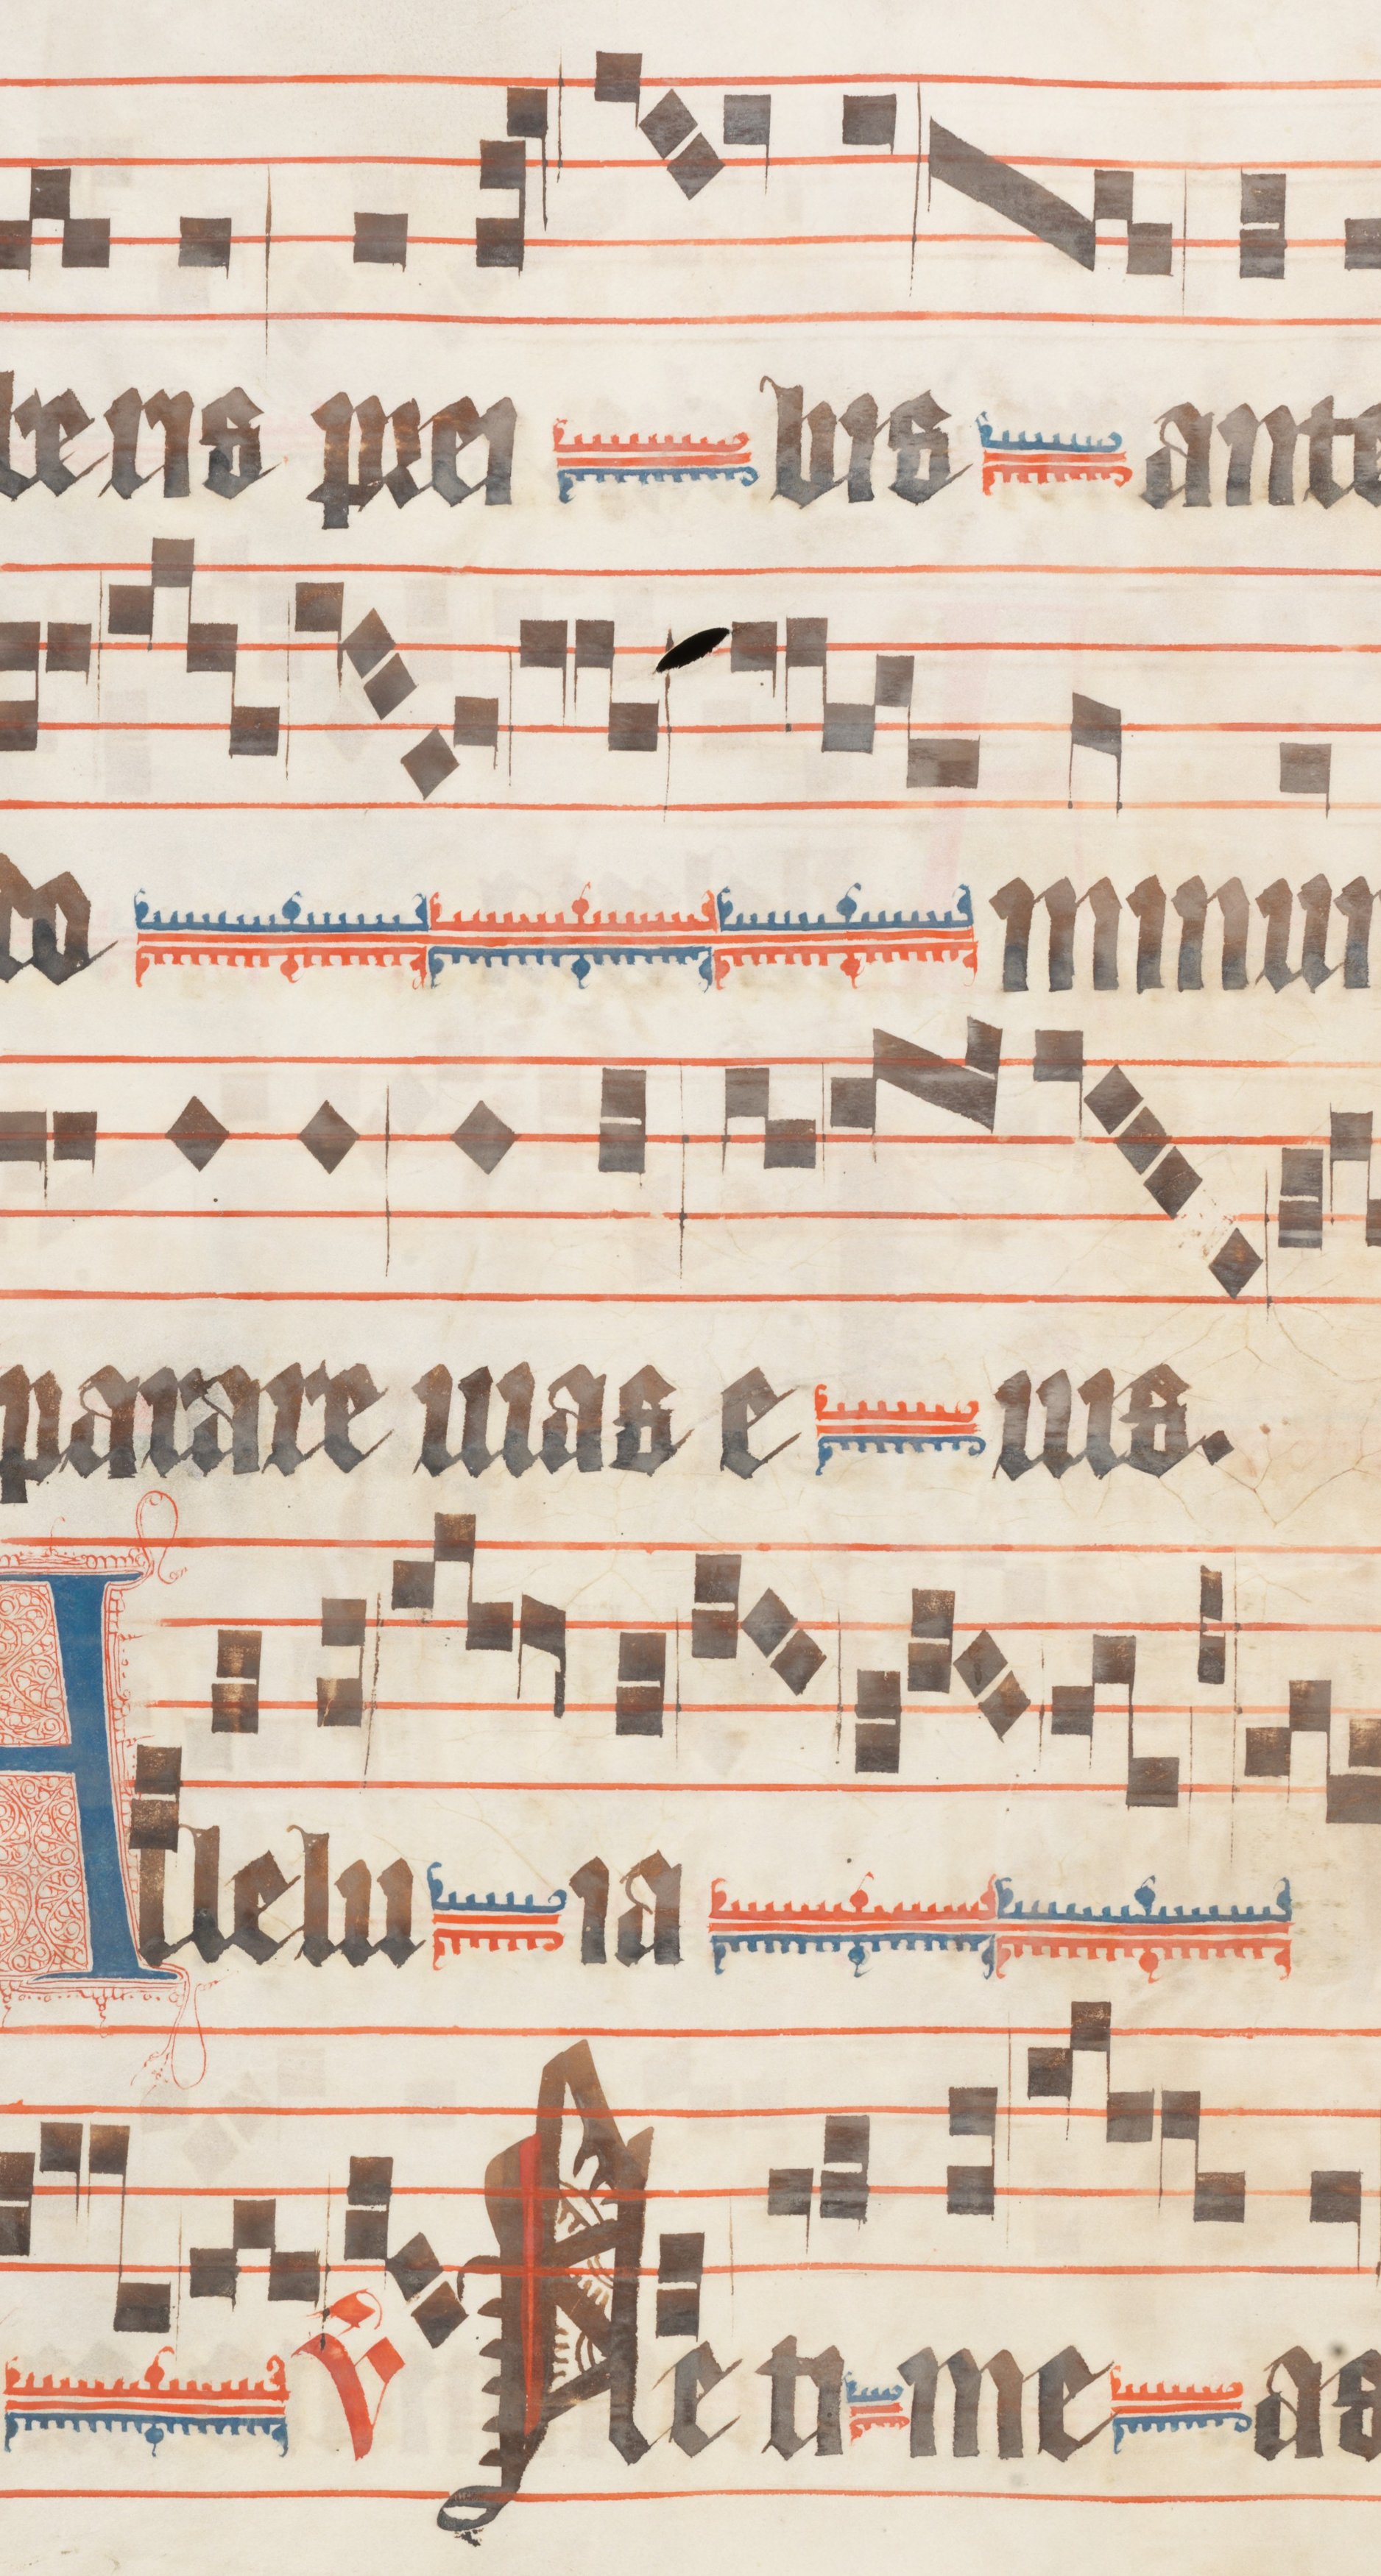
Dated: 1330–1335